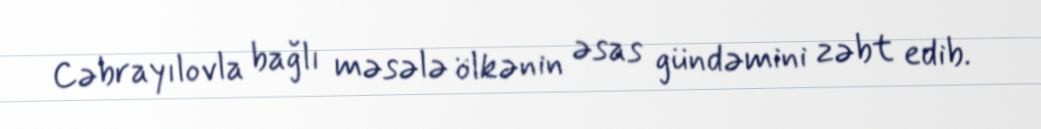
Cəbrayılovla bağlı məsələ ölkənin əsas gündəmini zəbt edib.